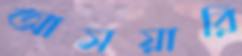
আসয়ারি